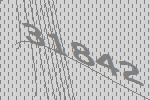
31842